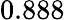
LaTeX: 0.888